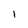
Character: I